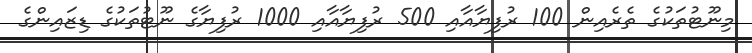
މިނޫޓުތަކުގެ ތެރެއިން 100 ރުފިޔާއާއި 500 ރުފިޔާއާއި 1000 ރުފިޔާގެ ނޫޓުތަކުގެ ޑިޒައިންގެ